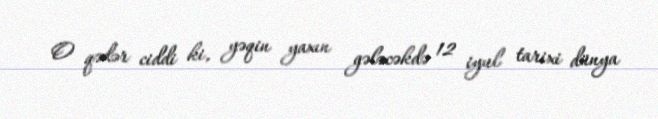
O qədər ciddi ki, yəqin yaxın gələcəkdə 12 iyul tarixi dünya